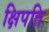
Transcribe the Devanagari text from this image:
क्षिपति